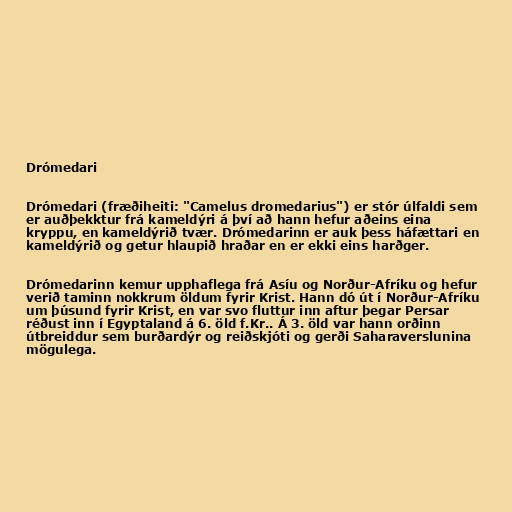
Drómedari

Drómedari (fræðiheiti: "Camelus dromedarius") er stór úlfaldi sem
er auðþekktur frá kameldýri á því að hann hefur aðeins eina
kryppu, en kameldýrið tvær. Drómedarinn er auk þess háfættari en
kameldýrið og getur hlaupið hraðar en er ekki eins harðger.

Drómedarinn kemur upphaflega frá Asíu og Norður-Afríku og hefur
verið taminn nokkrum öldum fyrir Krist. Hann dó út í Norður-Afríku
um þúsund fyrir Krist, en var svo fluttur inn aftur þegar Persar
réðust inn í Egyptaland á 6. öld f.Kr.. Á 3. öld var hann orðinn
útbreiddur sem burðardýr og reiðskjóti og gerði Saharaverslunina
mögulega.